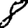
Digit: 8